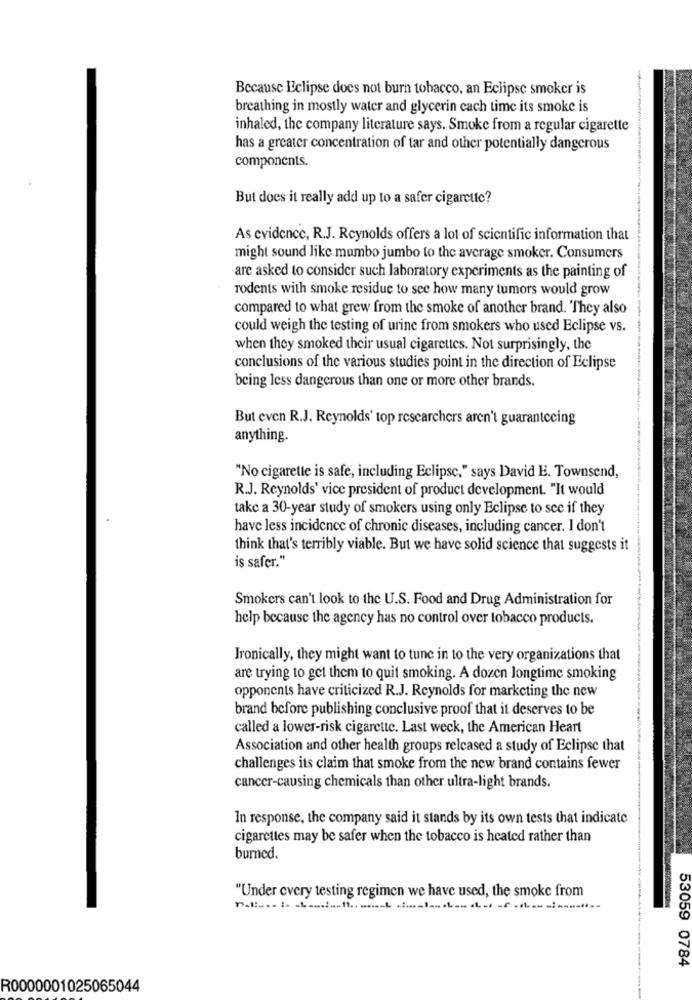
Because Eclipse does not burn tobacco, an Eclipse smoker is
breathing in mostly water and glycerin cach time its smoke is
inhaled, the company literature says. Smoke from a regular cigarette
has a greater concentration of tar and other potentially dangerous
components.
But does it really add up to a safer cigarette?
As evidence, R.J. Reynolds offers a lot of scientific information that
might sound like mumbo jumbo to the average smoker. Consumers
are asked to consider such laboratory experiments as the painting of
rodents with smoke residue to see how many tumors would grow
compared to what grew from the smoke of another brand. They also
could weigh the testing of urine from smokers who used Eclipse vs.
when they smoked their usual cigarettes. Not surprisingly, the
conclusions of the various studies point in the direction of Eclipse
being less dangerous than one or more other brands.
But even R.J. Reynolds' top researchers aren't guarantecing
anything.
"No cigarette is safe, including Eclipse," says David E. Townsend,
R.J. Reynolds' vice president of product development. "It would
take a 30-year study of smokers using only Eclipse to see if they
have less incidence of chronic diseases, including cancer. I don't
think that's terribly viable. But we have solid science that suggests it
is safer."
Smokers can't look to the U.S. Food and Drug Administration for
help because the agency has no control over tobacco products.
Ironically, they might want to tune in to the very organizations that
are trying to get them to quit smoking. A dozen longtime smoking
opponents have criticized R.J. Reynolds for marketing the new
brand before publishing conclusive proof that it deserves to be
called a lower-risk cigarette. Last week, the American Heart
Association and other health groups released a study of Eclipse that
challenges its claim that smoke from the new brand contains fewer
cancer-causing chemicals than other ultra-light brands.
In response, the company said it stands by its own tests that indicate
cigarettes may be safer when the tobacco is heated rather than
burned.
"Under cvery testing regimen we have used, the smoke from
53059 0784
R0000001025065044